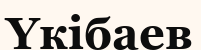
Үкібаев